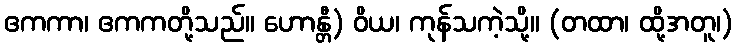
ဧကကာ၊ ဧကကတို့သည်။ ဟောန္တီ) ဝိယ၊ ကုန်သကဲ့သို့။ (တထာ၊ ထို့အတူ၊)